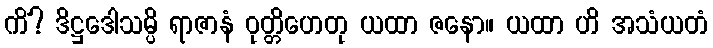
ကိံ? ဒိဋ္ဌဒေါသမ္ပိ ရာဇာနံ ဝုတ္တိဟေတု ယထာ ဇနော။ ယထာ ဟိ အသံယတံ